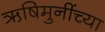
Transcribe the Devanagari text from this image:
ऋषिमुनींच्या